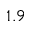
1 . 9